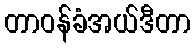
တာဝန်ခံအယ်ဒီတာ